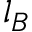
l _ { B }